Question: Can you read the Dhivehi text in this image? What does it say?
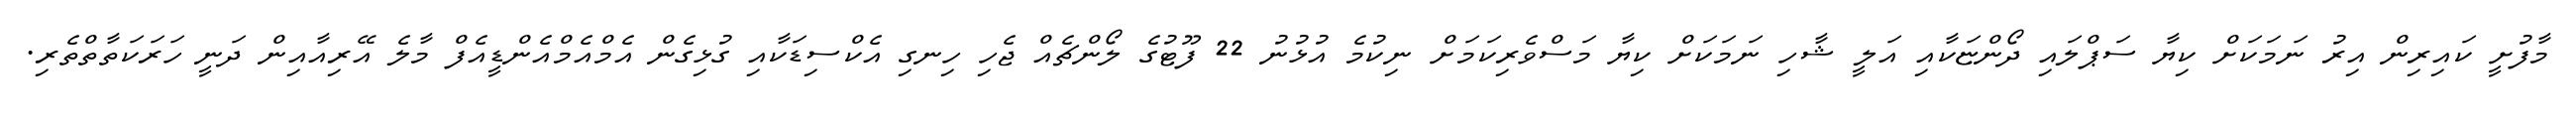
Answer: މާފުށީ ކައިރިން އިރު ނަމަކަށް ކިޔާ ސަޕްލައި ދޯންޏަކާއި އަލީ ޝާހި ނަމަކަށް ކިޔާ މަސްވެރިކަމަށް ނިކުމެ އުޅުނު 22 ފޫޓުގެ ލޯންޗެއް ޖެހި ހިނގި އެކްސިޑަކާއި ގުޅިގެން އެމްއެމްއެންޑީއެފް މާލެ އޭރިއާއިން ދަނީ ހަރަކަތާތްތެރި.